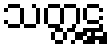
သတ္တဋ္ဌ